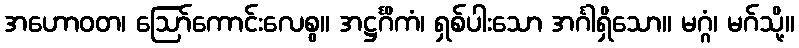
အဟောဝတ၊ ဩော်ကောင်းလေစွ။ အဋ္ဌင်္ဂိကံ၊ ရှစ်ပါးသော အင်္ဂါရှိသော။ မဂ္ဂံ၊ မဂ်သို့။